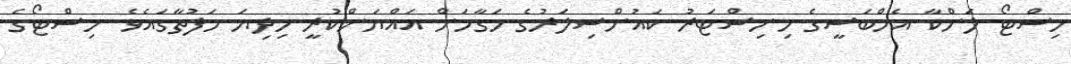
ހިސްޓޯ ލަންކާ އެމްބަސީގެ މިނިސްޓަރު ކައުންސިލަރުގެ މަގާމަށް އައްޔަންކުރީ މިދިޔަ ހަފުތާގައެވެ. ހިސްޓޯގެ